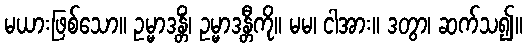
မယားဖြစ်သော။ ဥမ္မာဒန္တိံ၊ ဥမ္မာဒန္တီကို။ မမ၊ ငါအား။ ဒတွာ၊ ဆက်သ၍။